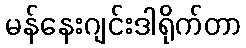
မန်နေးဂျင်းဒါရိုက်တာ